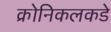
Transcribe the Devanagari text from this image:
क्रोनिकलकडे